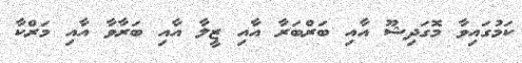
ކަމުގައިވާ މޮގަދިޝޫ އާއި ބަރްބަރާ އާއި ޒީލާ އާއި ބަރާވާ އާއި މަރްކާ